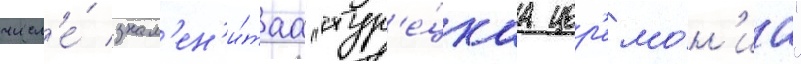
числ'е́ знам'ен'и́таа "тур'е́цкаа цер'емо́н'иа"